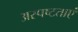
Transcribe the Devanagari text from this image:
अस्पष्टताएं